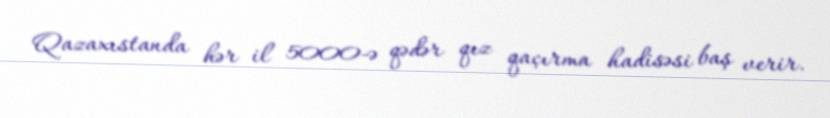
Qazaxıstanda hər il 5000-ə qədər qız qaçırma hadisəsi baş verir.